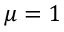
\mu = 1